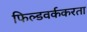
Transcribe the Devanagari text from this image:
फिल्डवर्ककरता